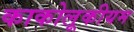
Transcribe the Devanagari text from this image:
काकोलूकीयम